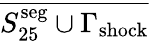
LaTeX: \overline{{S_{25}^{\mathrm{seg}}\cup\Gamma_{\mathrm{{shock}}}}}